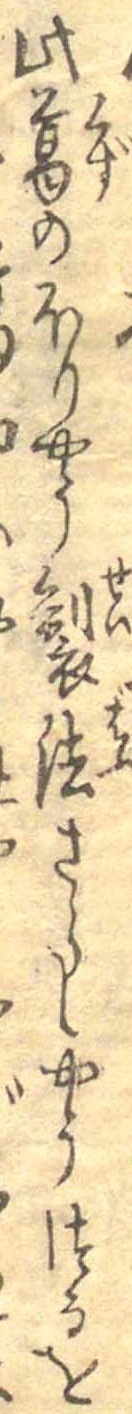
此葛のほりやう製法さらしやうつるを